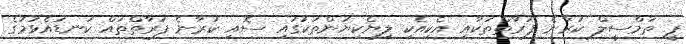
ޕީ ތަމްސީލް ކުރާނެ ފަރާތްތަކާއި އެކިއެކި ލިޔެކިޔުންތަކުގައި ސޮއި ކުރާނެ ފަރާތްތައް ކަނޑައެޅުމުގެ